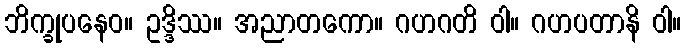
ဘိက္ခုပနေဝ။ ဥဒ္ဒိဿ။ အညာတကော။ ဂဟဂတိ ဝါ။ ဂဟပတာနိ ဝါ။